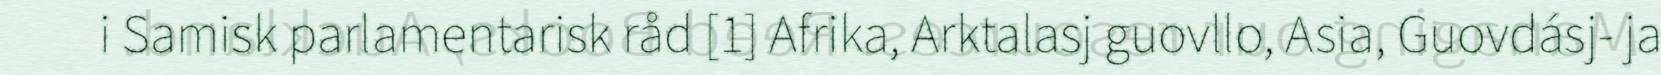
i Samisk parlamentarisk råd [1] Afrika, Arktalasj guovllo, Asia, Guovdásj- ja